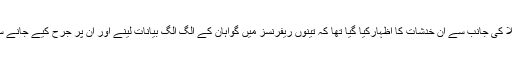
درخواست میں نواز شریف کے وکلا کی جانب سے ان خدشات کا اظہارکیا گیا تھا کہ تینوں ریفرنسز میں گواہان کے الگ الگ بیانات لینے اور ان پر جرح کیے جانے سے ہمارا دفاع کمزور پڑ جائے گا۔